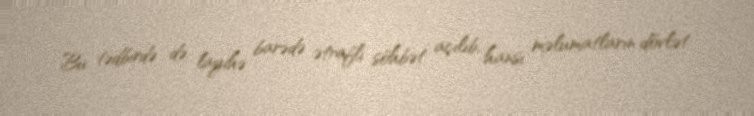
Bu tədbirdə də layihə barədə ətraflı söhbət açılıb, hansı məlumatların dövlət